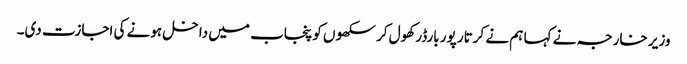
وزیر خارجہ نے کہا ہم نے کرتار پور بارڈر کھول کر سکھوں کو پنجاب میں داخل ہونے کی اجازت دی۔